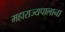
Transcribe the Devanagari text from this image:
महाराज्यपालाना